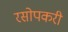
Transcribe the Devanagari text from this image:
रसोपकरी